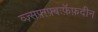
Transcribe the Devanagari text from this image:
व्ज़्सफ़्ग़्फ़्बःफ़ॅफ़दीन